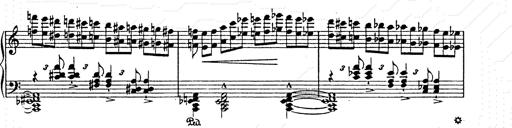
Title: AnnÃ©es de pÃ¨lerinage II
Composer: Franz Liszt